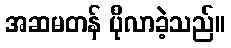
အဆမတန် ပိုလာခဲ့သည်။